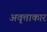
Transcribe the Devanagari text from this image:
अवृत्ताकार